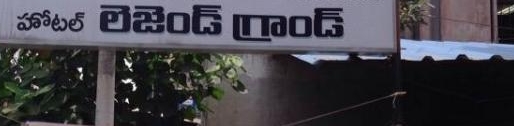
Language: telugu
Transcription: హోటల్ లెజెండ్ గ్రాండ్